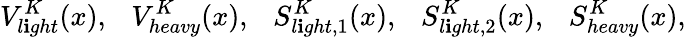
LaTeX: V_{l\mathbf{i}ght}^{K}(x),~~~V_{heavy}^{K}(x),~~~S_{l\mathbf{i}ght,1}^{K}(x),~~~S_{l\mathbf{i}ght,2}^{K}(x),~~~S_{heavy}^{K}(x),